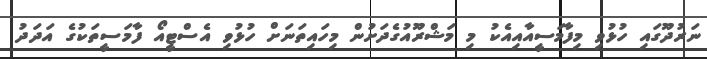
ނަރުދޫގައި ހުޅުވި މިފާމަސީއާއިއެކު މި މަޝްރޫއުގެދަށުން މިހައިތަނަށް ހުޅުވި އެސްޓީއޯ ފާމަސީތަކުގެ އަދަދު